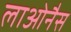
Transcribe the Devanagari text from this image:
लाओनैस